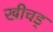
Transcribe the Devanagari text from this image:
खीचड्